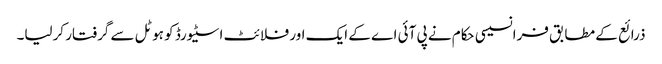
ذرائع کے مطابق فرانسیسی حکام نے پی آئی اے کے ایک اور فلائٹ اسٹیورڈ کو ہوٹل سے گرفتار کرلیا۔